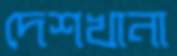
দেশখানা